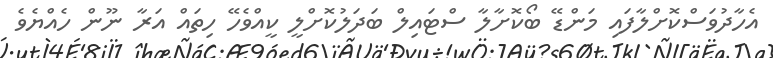
އެހާދުވަސްކޮށްލާފައި މަންޑޭ ބޯކޮށާލާ ސްޓައިލް ބަދަލުކޮށްލީ ކީއްވެހޭ ހިތައް އަރާ ނޫން ހެއްޔެވެ